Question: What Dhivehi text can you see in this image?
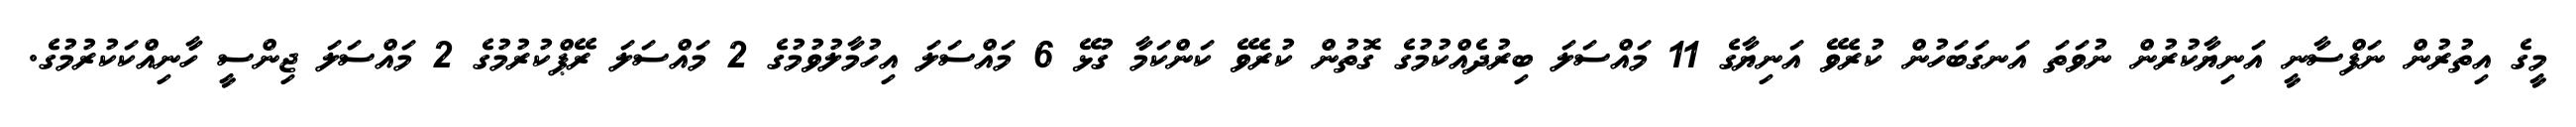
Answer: މީގެ އިތުރުން ނަފްސާނީ އަނިޔާކުރުން ނުވަތަ އަނގަބަހުން ކުރެވޭ އަނިޔާގެ 11 މައްސަލަ ބިރުދެއްކުމުގެ ގޮތުން ކުރެވޭ ކަންކަމާ ގުޅޭ 6 މައްސަލަ އިހުމާލުވުމުގެ 2 މައްސަލަ ރޭޕްކުރުމުގެ 2 މައްސަލަ ޖިންސީ ހާނިއްކަކުރުމުގެ.